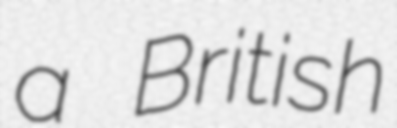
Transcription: a British